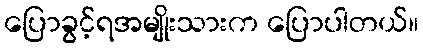
ပြောခွင့်ရအမျိုးသားက ပြောပါတယ်။